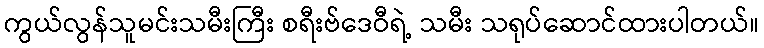
ကွယ်လွန်သူမင်းသမီးကြီး စရီးဗ်ဒေဝီရဲ့ သမီး သရုပ်ဆောင်ထားပါတယ်။